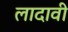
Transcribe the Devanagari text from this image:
लादावी